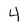
Character: 4